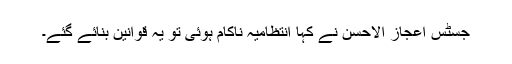
جسٹس اعجاز الاحسن نے کہا انتظامیہ ناکام ہوئی تو یہ قوانین بنائے گئے۔